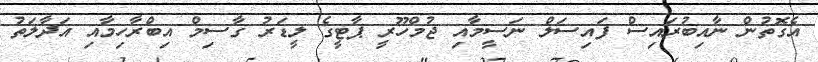
އެގޮތުން ނާއިބުރައިސް ފައިސަލް ނަސީމާއި ޖުމްހޫރީ ޕާޓީގެ ލީޑަރު ގާސިމް އިބްރާހިމާއި އަދާލަތު